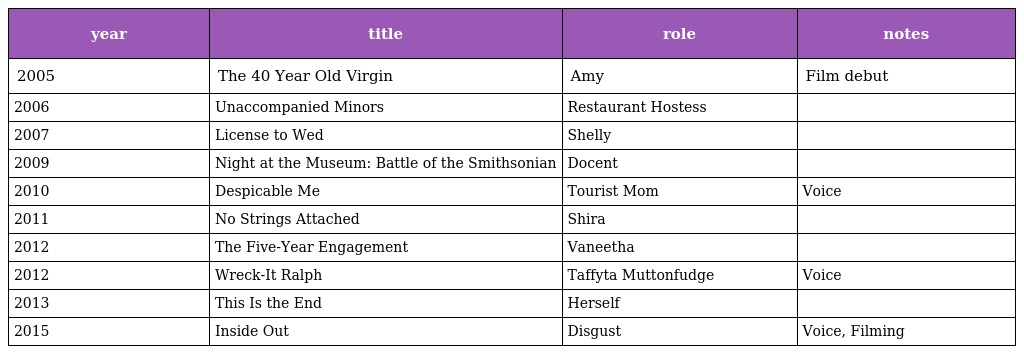
| year | title | role | notes |
 | --- | --- | --- | --- |
 | 2005 | The 40 Year Old Virgin | Amy | Film debut |
 | 2006 | Unaccompanied Minors | Restaurant Hostess |  |
 | 2007 | License to Wed | Shelly |  |
 | 2009 | Night at the Museum: Battle of the Smithsonian | Docent |  |
 | 2010 | Despicable Me | Tourist Mom | Voice |
 | 2011 | No Strings Attached | Shira |  |
 | 2012 | The Five-Year Engagement | Vaneetha |  |
 | 2012 | Wreck-It Ralph | Taffyta Muttonfudge | Voice |
 | 2013 | This Is the End | Herself |  |
 | 2015 | Inside Out | Disgust | Voice, Filming |